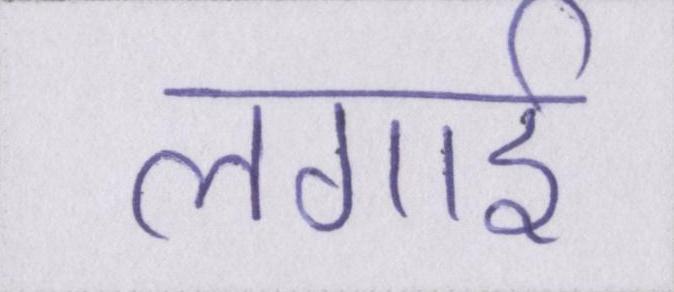
लगाई